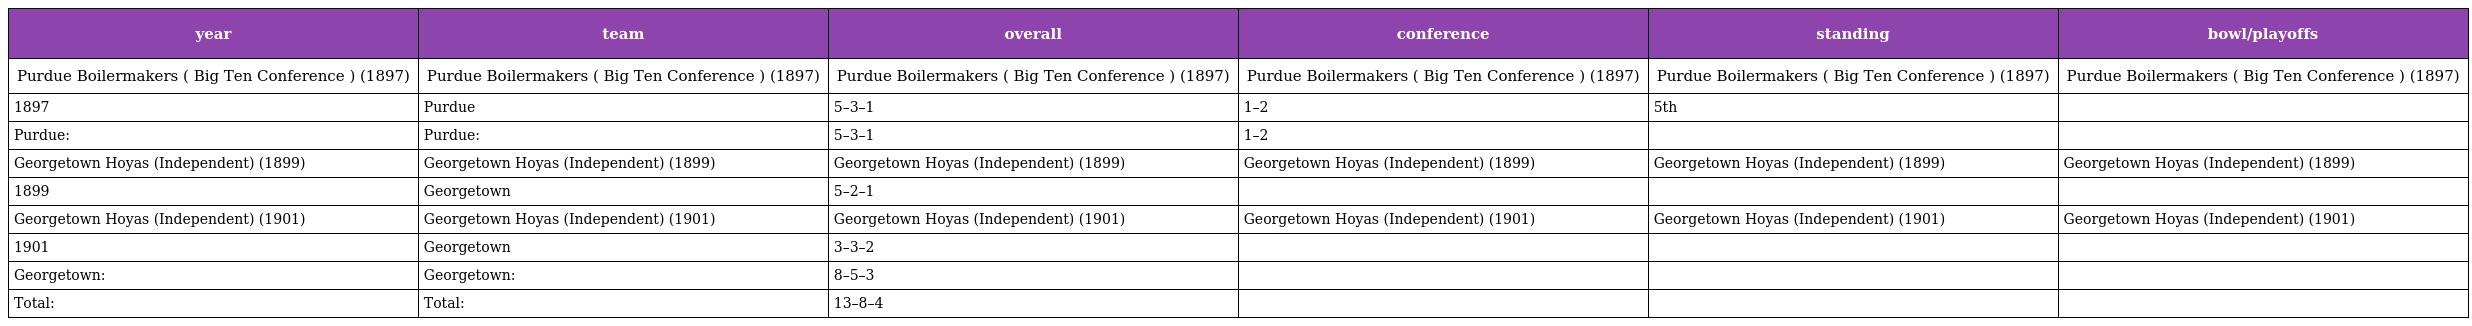
| year | team | overall | conference | standing | bowl/playoffs |
 | --- | --- | --- | --- | --- | --- |
 | Purdue Boilermakers ( Big Ten Conference ) (1897) | Purdue Boilermakers ( Big Ten Conference ) (1897) | Purdue Boilermakers ( Big Ten Conference ) (1897) | Purdue Boilermakers ( Big Ten Conference ) (1897) | Purdue Boilermakers ( Big Ten Conference ) (1897) | Purdue Boilermakers ( Big Ten Conference ) (1897) |
 | 1897 | Purdue | 5–3–1 | 1–2 | 5th |  |
 | Purdue: | Purdue: | 5–3–1 | 1–2 |  |  |
 | Georgetown Hoyas (Independent) (1899) | Georgetown Hoyas (Independent) (1899) | Georgetown Hoyas (Independent) (1899) | Georgetown Hoyas (Independent) (1899) | Georgetown Hoyas (Independent) (1899) | Georgetown Hoyas (Independent) (1899) |
 | 1899 | Georgetown | 5–2–1 |  |  |  |
 | Georgetown Hoyas (Independent) (1901) | Georgetown Hoyas (Independent) (1901) | Georgetown Hoyas (Independent) (1901) | Georgetown Hoyas (Independent) (1901) | Georgetown Hoyas (Independent) (1901) | Georgetown Hoyas (Independent) (1901) |
 | 1901 | Georgetown | 3–3–2 |  |  |  |
 | Georgetown: | Georgetown: | 8–5–3 |  |  |  |
 | Total: | Total: | 13–8–4 |  |  |  |